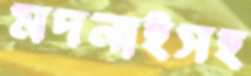
মদনাইসহ